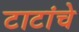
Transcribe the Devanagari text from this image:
टाटांचे